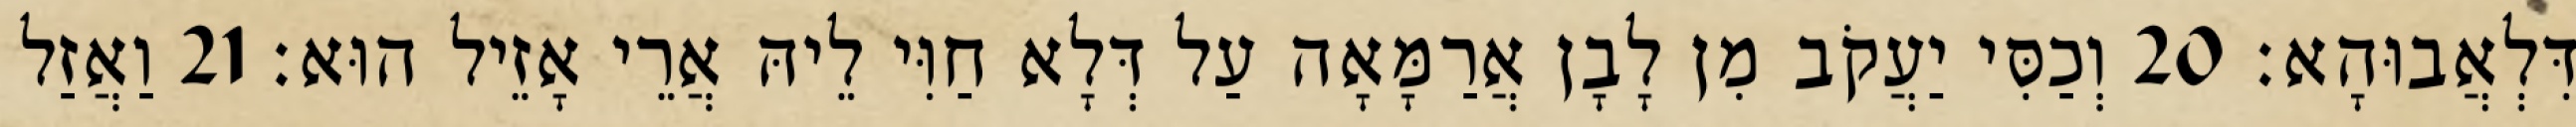
דִּלְאֲבוּהָא׃ 20 וְכַסִּי יַעֲקֹב מִן לָבָן אֲרַמָּאָה עַל דְּלָא חַוִּי לֵיהּ אֲרֵי אָזֵיל הוּא׃ 21 וַאֲזַל